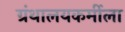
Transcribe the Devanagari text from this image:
ग्रंथालयकर्मीला